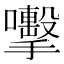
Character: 𭣈